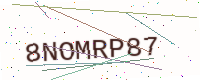
Text: 8NOMRP87